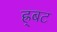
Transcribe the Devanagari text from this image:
ह्र्बट